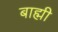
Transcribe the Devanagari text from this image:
बाह्मी